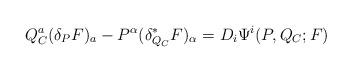
LaTeX: \begin{align*}Q_C^a(\delta_P F)_a - P^\alpha(\delta^*_{Q_C} F)_\alpha = D_i \Psi^i(P,Q_C;F)\end{align*}